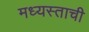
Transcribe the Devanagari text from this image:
मध्यस्ताची